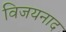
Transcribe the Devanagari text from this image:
विजयनाद